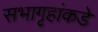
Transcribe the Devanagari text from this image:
सभागृहांकडे